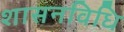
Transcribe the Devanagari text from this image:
शासनविधि